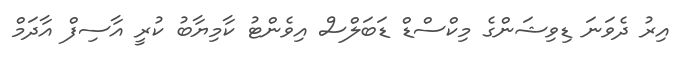
އިރު ދެވަނަ ޑިވިޝަންގެ މިކްސްޑް ޑަބަލްސް އިވެންޓު ކާމިޔާބު ކުރީ އާސިފް އާދަމް